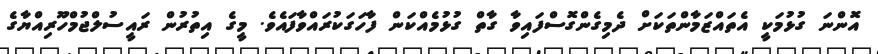
އޮންނަ ގުޅުމަކީ އެތައްޒަމާންތަކަށް ދެމިގެންގޮސްފައިވާ ގާތް ގުޅުމެއްކަން ފާހަގަކުރައްވާފައެވެ. މީގެ އިތުރުން ރައީސުލްޖުމްހޫރިއްޔާގެ